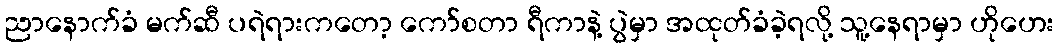
ညာနောက်ခံ မက်ဆီ ပရဲရားကတော့ ကော်စတာ ရီကာနဲ့ ပွဲမှာ အထုတ်ခံခဲ့ရလို့ သူ့နေရာမှာ ဟိုဟေး